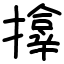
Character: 𪮷